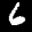
Label: 6